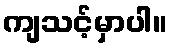
ကျသင့်မှာပါ။